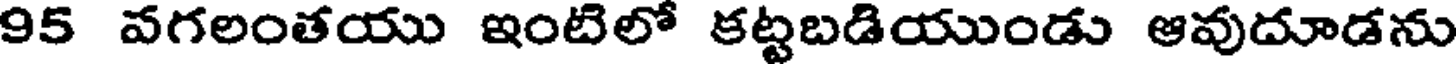
95 వగలంతయు ఇంటిలో కట్టబడియుండు ఆవుదూడను